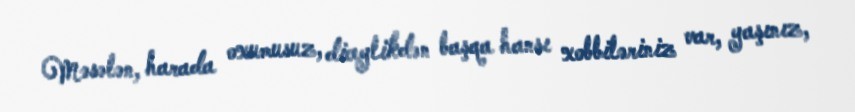
Məsələn, harada oxumusuz, diceylikdən başqa hansı xobbiləriniz var, yaşınız,